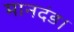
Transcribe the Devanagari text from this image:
मानदंड।